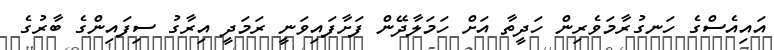
އައިއެސްގެ ހަނގުރާމަވެރިން ހަދީތާ އަށް ހަމަލާދޭން ފަށާފައިވަނީ ރަމަދީ އިރާގު ސިފައިންގެ ބާރުގެ